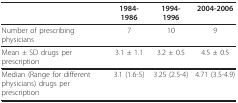
<table><thead><tr><td></td><td><b>1984-1986</b></td><td><b>1994-1996</b></td><td><b>2004-2006</b></td></tr></thead><tbody><tr><td>Number of prescribing physicians</td><td>7</td><td>10</td><td>9</td></tr><tr><td>Mean ± SD drugs per prescription</td><td>3.1 ± 1.1</td><td>3.2 ± 0.5</td><td>4.5 ± 0.5</td></tr><tr><td>Median (Range for different physicians) drugs per prescription</td><td>3.1 (1.6-5)</td><td>3.25 (2.5-4)</td><td>4.71 (3.5-4.9)</td></tr></tbody></table>